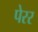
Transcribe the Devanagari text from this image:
पेरर